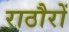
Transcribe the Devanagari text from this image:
राठौरों